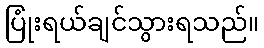
ပြုံးရယ်ချင်သွားရသည်။